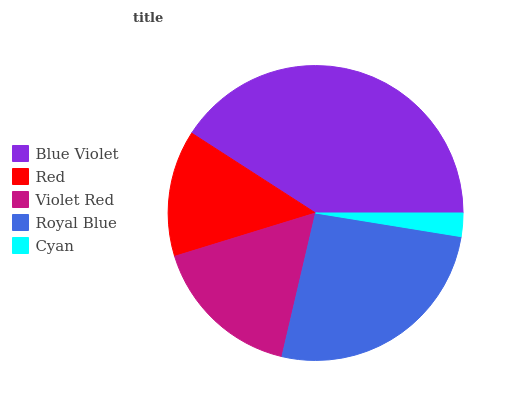
| Blue Violet | Red | Violet Red | Royal Blue | Cyan |
 | --- | --- | --- | --- | --- |
 | 40.9% | 13.9% | 16.6% | 26.1% | 2.56% |